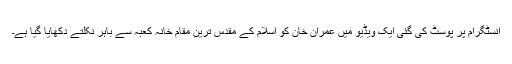
انسٹگرام پر پوسٹ کی گئی ایک ویڈیو میں عمران خان کو اسلام کے مقدس ترین مقام خانہ کعبہ سے باہر نکلتے دکھایا گیا ہے۔